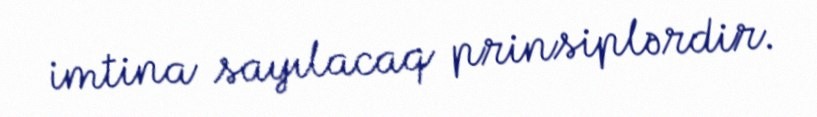
imtina sayılacaq prinsiplərdir.